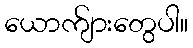
ယောက်ျားတွေပါ။